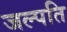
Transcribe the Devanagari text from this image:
जल्पति